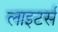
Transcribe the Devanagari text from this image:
लाइटर्स